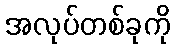
အလုပ်တစ်ခုကို